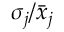
\sigma _ { j } / \bar { x } _ { j }